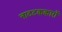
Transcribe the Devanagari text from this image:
नाटटककारों